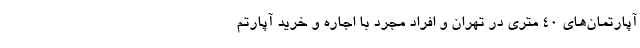
آپارتمان‌های 40 متری در تهران و افراد مجرد با اجاره و خرید آپارتم